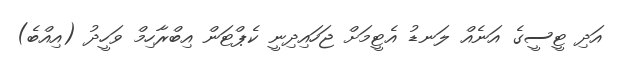
އަދި ޓީސީގެ އަނެއް ލަނޑު އެޓީމަށް ޖަހައިދިނީ ކެޕްޓަން އިބްރާހިމް ވަހީދު (އިއްބެ)